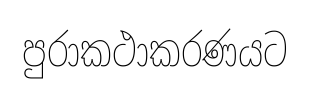
පුරාකථාකරණයට